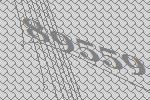
89559